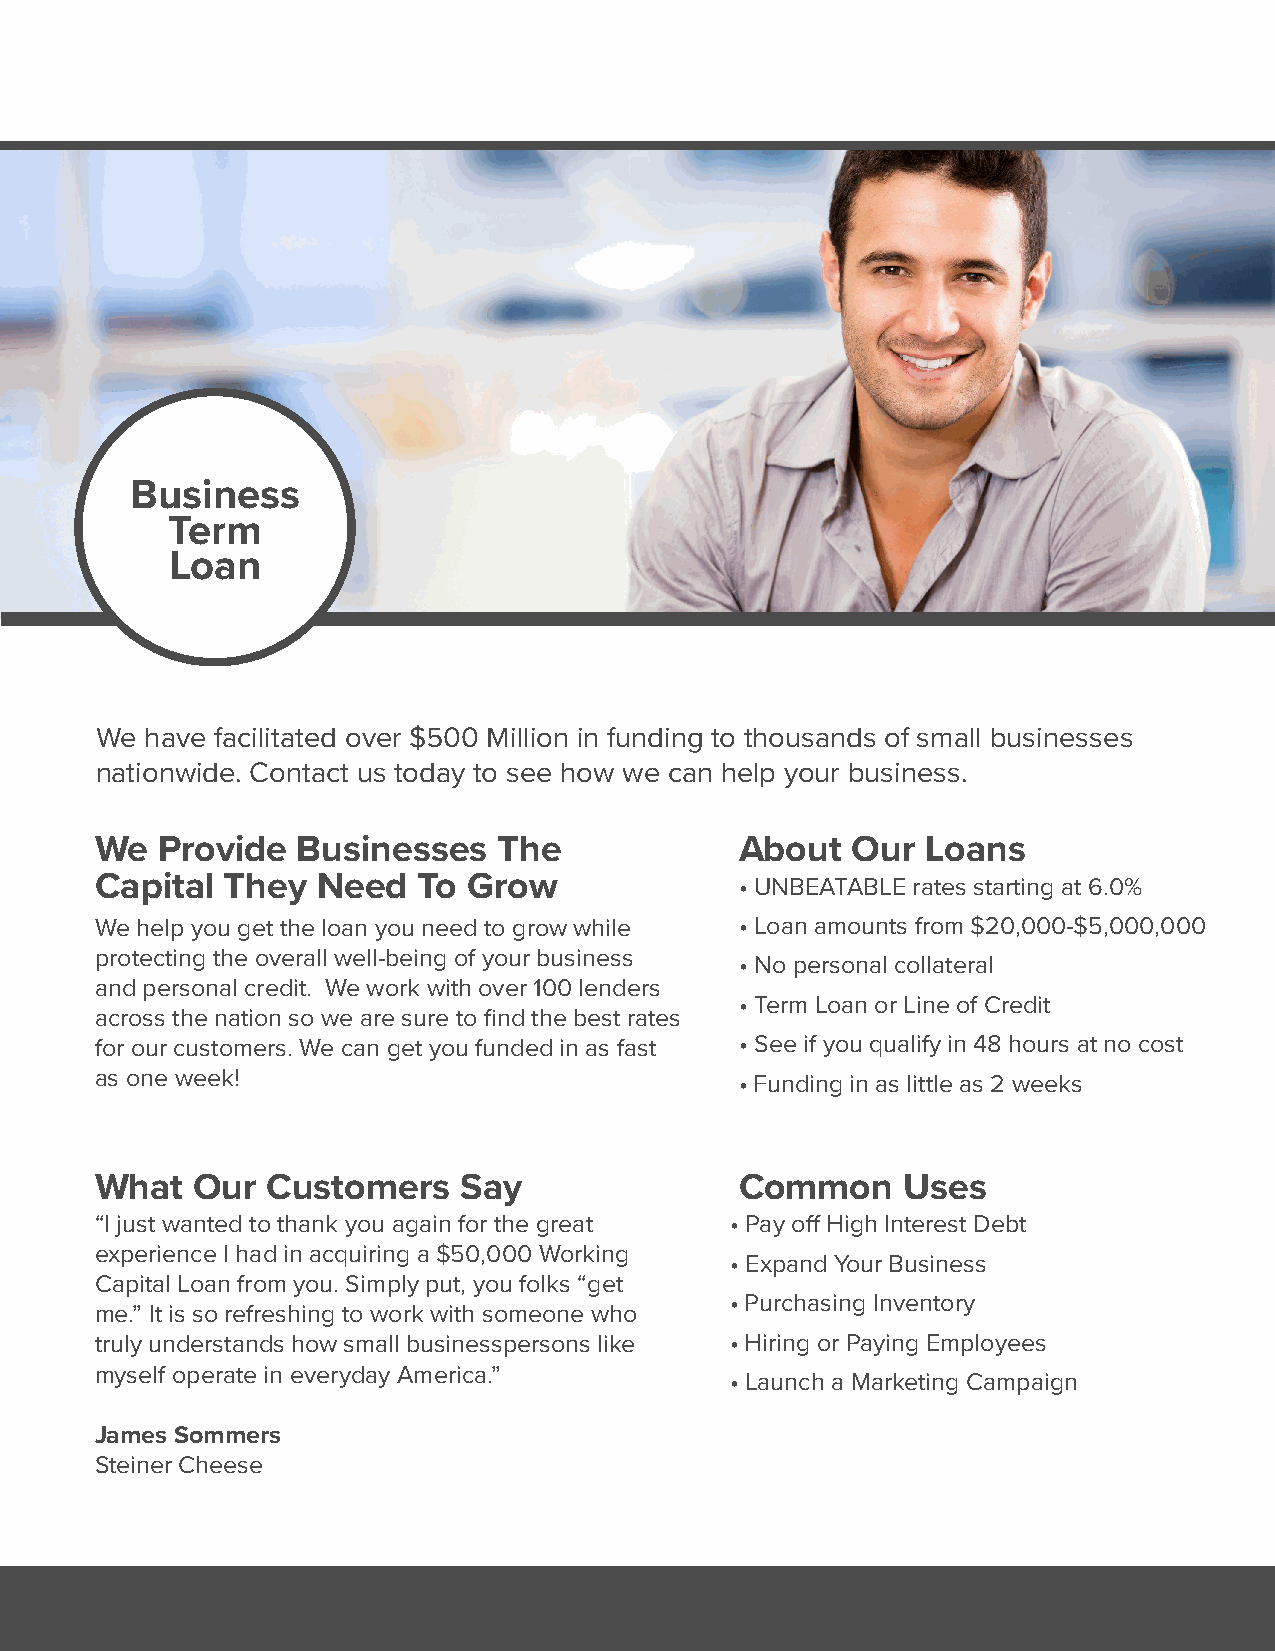
Business
 Term
 Loan
 We  have facilitated over $500 Million in funding to thousands of small businesses
 nationwide. Contact us today to see how we can help your business.
 We  Provide   Businesses   The             About  Our  Loans
 Capital  They  Need   To Grow              • UNBEATABLE rates starting at 6.0%
 We help you get the loan you need to grow while • Loan amounts from $20,000-$5,000,000
 protecting the overall well-being of your business
 • No personal collateral
 and personal credit. We work with over 100 lenders
 • Term Loan or Line of Credit
 across the nation so we are sure to find the best rates
 for our customers. We can get you funded in as fast • See if you qualify in 48 hours at no cost
 as one week!                               • Funding in as little as 2 weeks
 What   Our  Customers   Say                Common     Uses
 “I just wanted to thank you again for the great • Pay off High Interest Debt
 experience I had in acquiring a $50,000 Working
 • Expand Your Business
 Capital Loan from you. Simply put, you folks “get
 • Purchasing Inventory
 me.” It is so refreshing to work with someone who
 truly understands how small businesspersons like • Hiring or Paying Employees
 myself operate in everyday America.”
 • Launch a Marketing Campaign
 James Sommers
 Steiner Cheese